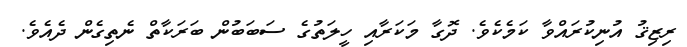
ރިޒިޤު އުނިކުރައްވާ ކަމެކެވެ. ދޮގާ މަކަރާއި ހީލަތުގެ ސަބަބުން ބަރަކާތް ނެތިގެން ދެއެވެ.